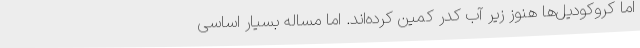
اما کروکودیل‌ها هنوز زیر آب کدر کمین کرده‌اند. اما مساله بسیار اساسی